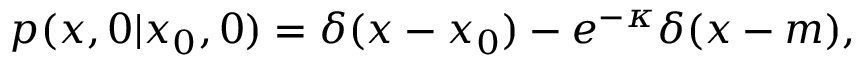
p ( x , 0 | x _ { 0 } , 0 ) = \delta ( x - x _ { 0 } ) - e ^ { - \kappa } \delta ( x - m ) ,